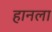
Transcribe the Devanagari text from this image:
हानला